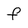
Character: f